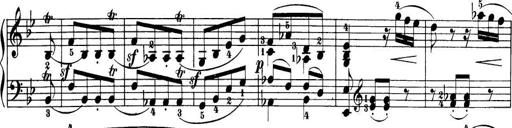
Title: 32 Sonatinas and Rondos for the Piano
Composer: Richard Kleinmichel